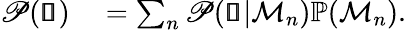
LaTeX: \begin{array}{rl}{\mathscr{P}(\pmb{\mathscr{s}})}&{{}=\sum_{n}\mathscr{P}(\pmb{\mathscr{s}}|\mathcal{M}_{n})\mathbb{P}(\mathcal{M}_{n}).}\end{array}